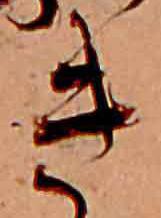
き